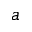
a